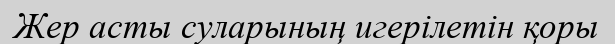
Жер асты суларының игерілетін қоры